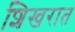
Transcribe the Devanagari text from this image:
शिखरात